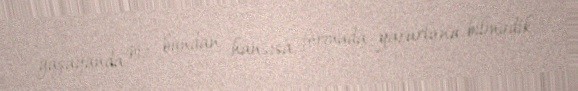
yaşayanda biz bundan hansısa formada yararlana bilmədik.